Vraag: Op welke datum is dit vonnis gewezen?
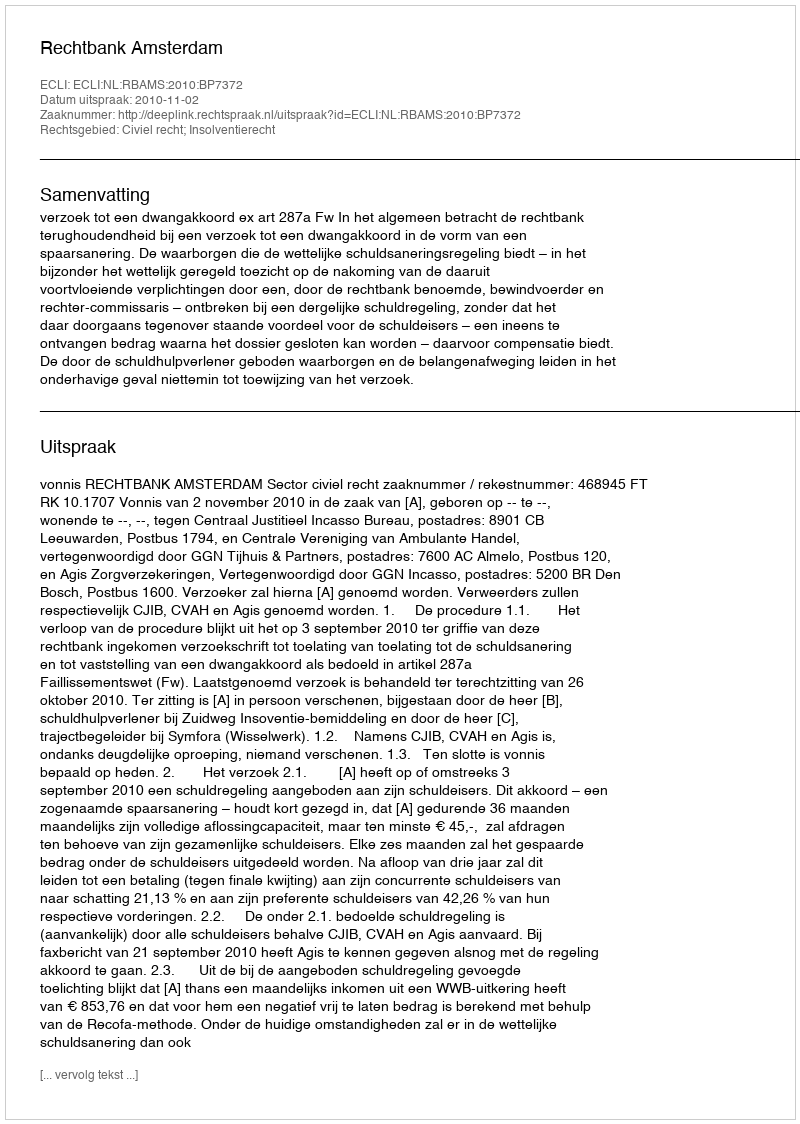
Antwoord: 2010-11-02